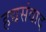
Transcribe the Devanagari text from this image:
हद्यसंवाद